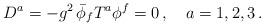
LaTeX: \begin{align*}D^a = - g^2\, \bar\phi_f T^a \phi^f =0\,,\quad a=1,2,3\,. \end{align*}